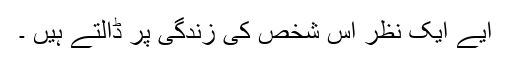
آٗیے ایک نظر اس شخص کی زندگی پر ڈالتے ہیں ۔